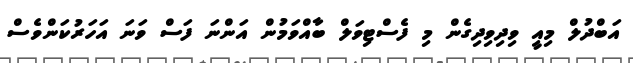
އަބްދުލް މިއީ ވިދިވިދިގެން މި ފެސްޓިވަލް ބާއްވަމުން އަންނަ ފަސް ވަަނަ އަހަރުކަންވެސް